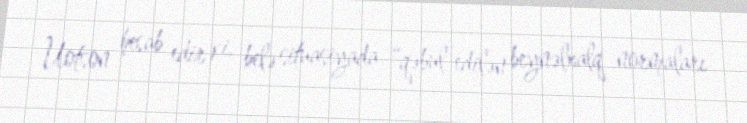
Uotson hesab edir ki, belə situasiyada “qəbul edilən beynəlxalq normaları